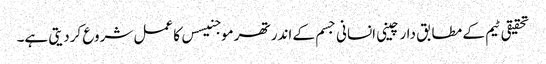
تحقیقی ٹیم کے مطابق دارچینی انسانی جسم کے اندر تھرموجنیسس کا عمل شروع کردیتی ہے۔